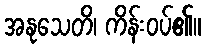
အနုသေတိ၊ ကိန်းဝပ်၏။